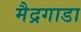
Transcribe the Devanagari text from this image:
मैद्रगाडा